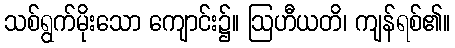
သစ်ရွက်မိုးသော ကျောင်း၌။ ဩဟီယတိ၊ ကျန်ရစ်၏။